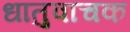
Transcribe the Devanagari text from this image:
धातुवाचक